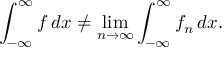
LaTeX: \int _ { - \infty } ^ { \infty } f \, d x \neq \operatorname* { l i m } _ { n \to \infty } \int _ { - \infty } ^ { \infty } f _ { n } \, d x .